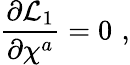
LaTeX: {\frac{\partial{\cal L}_{1}}{\partial\chi^{a}}}=0\, \, ,